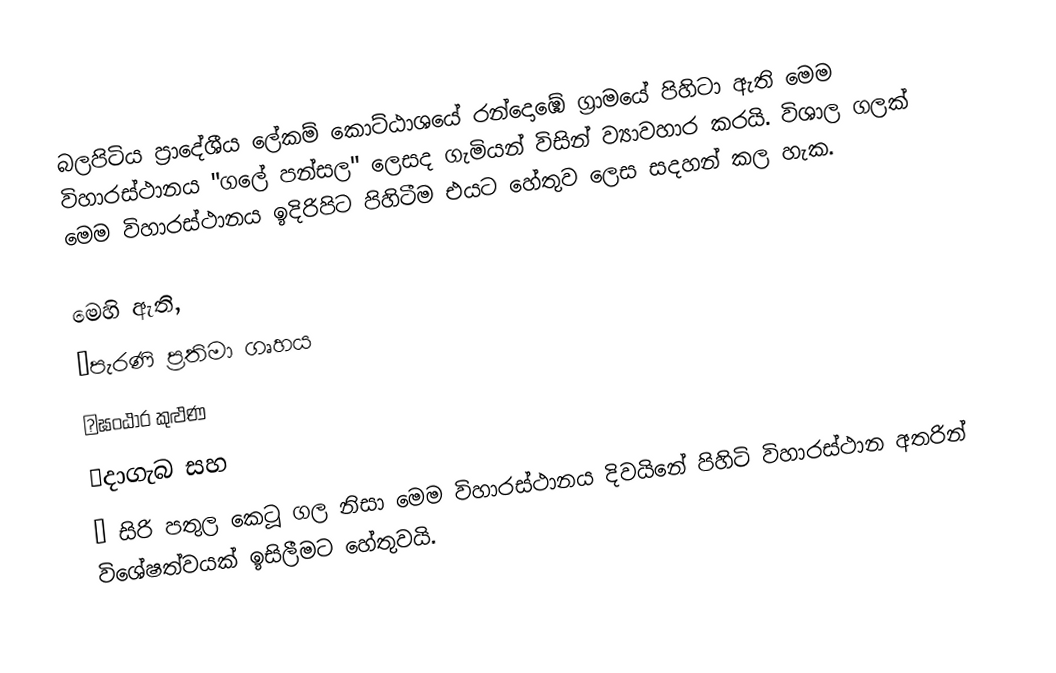
බලපිටිය ප්‍රාදේශීය ලේකම් කොට්ඨාශයේ රන්දොඹේ ග්‍රාමයේ පිහිටා ඇති මෙම විහාරස්ථානය "ගලේ පන්සල" ලෙසද ගැමියන් විසින් ව්‍යාවහාර කරයි. විශාල ගලක් මෙම විහාරස්ථානය ඉදිරිපිට පිහිටීම එයට හේතුව ලෙස සදහන් කල හැක.

මෙහි ඇති,
▪︎පැරණි ප්‍රතිමා ගෘහය
▪︎ඝංඨාර කුළුණ
▪︎දාගැබ සහ
▪︎ සිරි පතුල කෙටූ ගල නිසා මෙම විහාරස්ථානය දිවයිනේ පිහිටි විහාරස්ථාන අතරින් විශේෂත්වයක් ඉසිලීමට හේතුවයි.